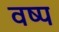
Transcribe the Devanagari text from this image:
वष्प